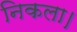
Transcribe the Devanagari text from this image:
निकला।